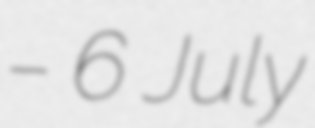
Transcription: – 6 July